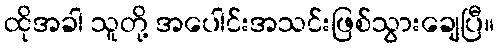
ထိုအခါ သူတို့ အပေါင်းအသင်းဖြစ်သွားချေပြီ။